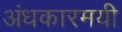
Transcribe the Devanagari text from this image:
अंधकारमयी